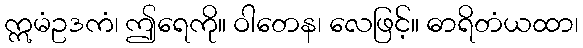
ဣမံဥဒကံ၊ ဤရေကို။ ဝါတေန၊ လေဖြင့်။ ဓာရိတံယထာ၊